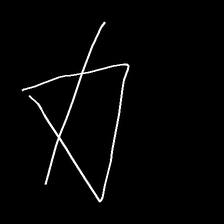
Glyph: empower